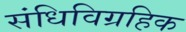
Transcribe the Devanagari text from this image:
संधिविग्रहिक